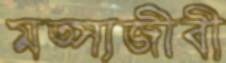
মত্স্যজীবী